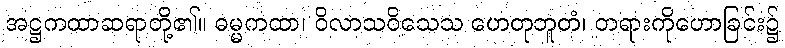
အဋ္ဌကထာဆရာတို့၏။ ဓမ္မကထာ၊ ဝိလာသဝိသေသ ဟေတုဘူတံ၊ တရားကိုဟောခြင်း၌